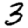
Digit: 3